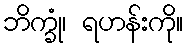
ဘိက္ခုံ၊ ရဟန်းကို။